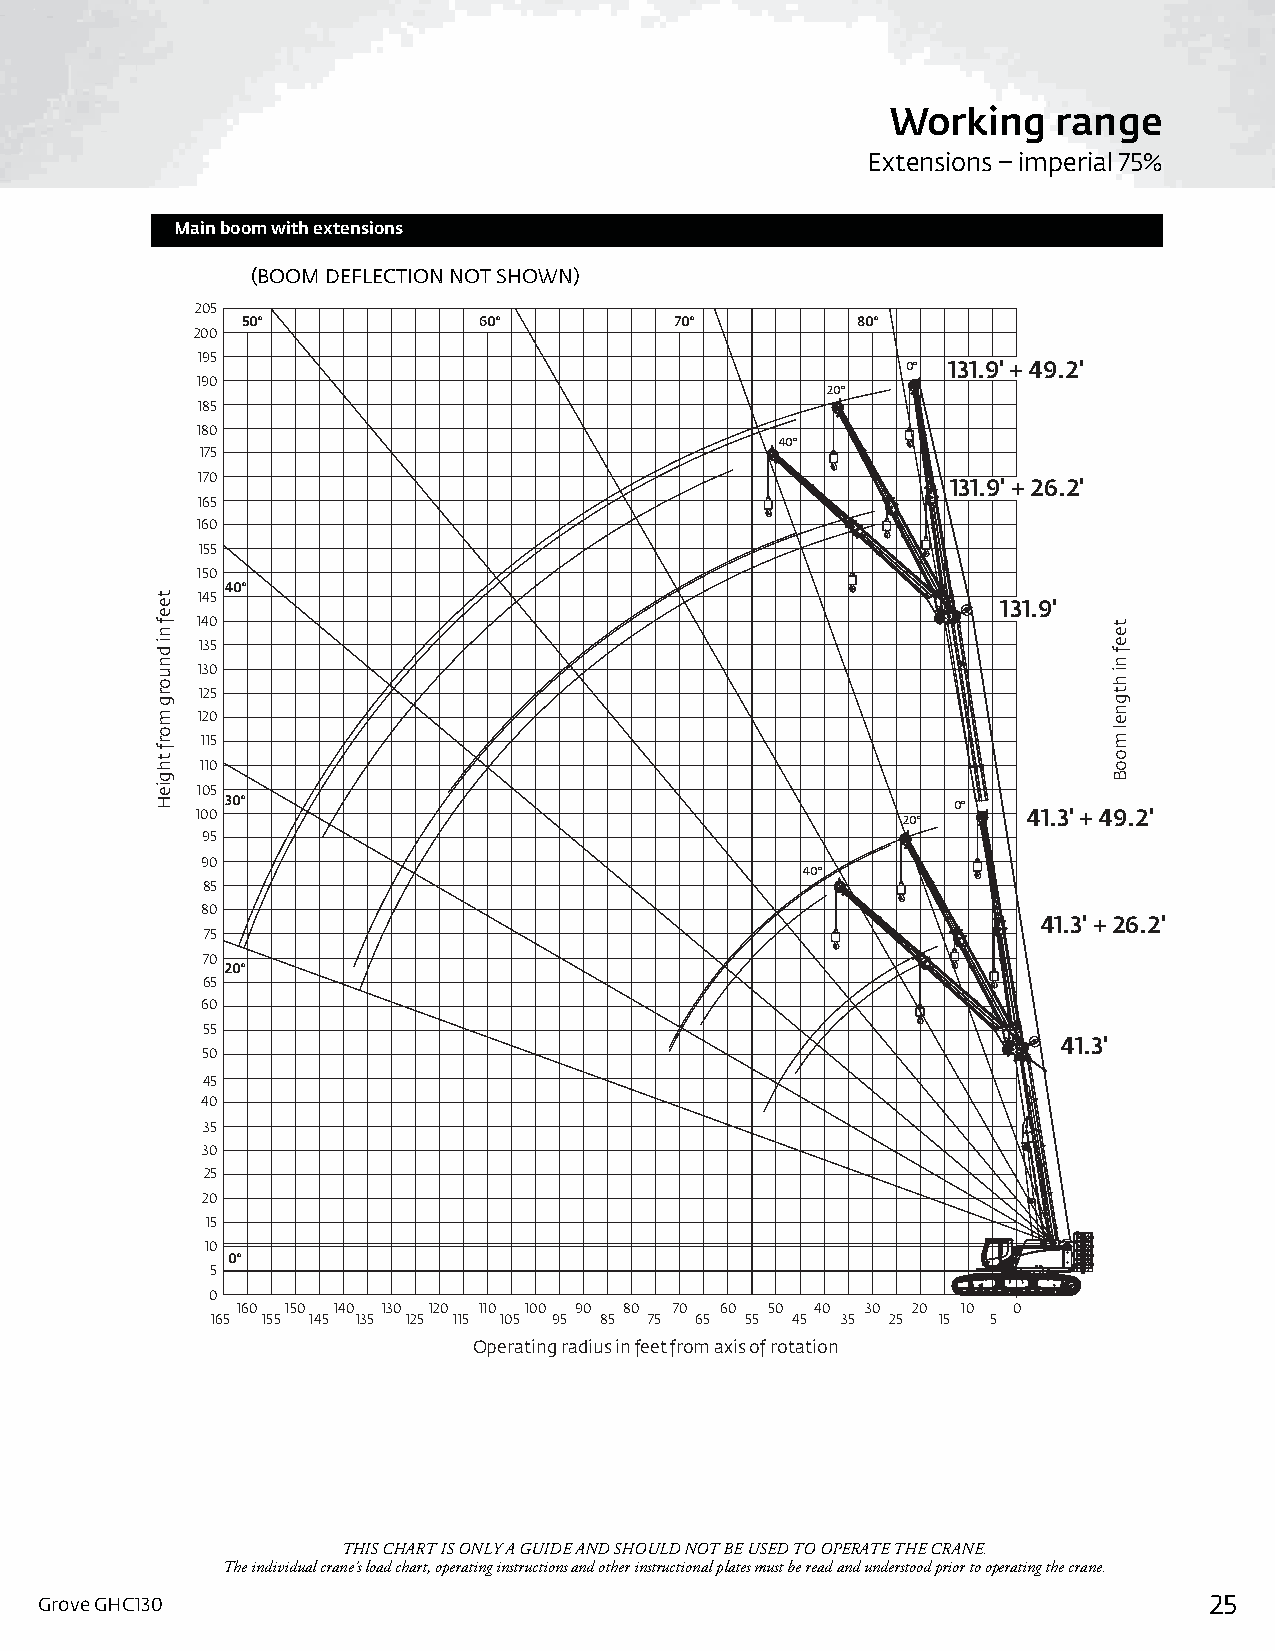
Working    range
 Extensions – imperial 75%
 Main boom with extensions
 (BOOM DEFLECTION NOT SHOWN)
 205
 50°             60°          70°         80°
 200
 195
 0° 131.9' + 49.2'
 190
 20°
 185
 180
 40°
 175
 170                                               131.9' + 26.2'
 165
 160
 155
 150
 40°
 145
 131.9'
 140
 135
 130
 125
 120
 115
 110
 105
 30°                                             0°
 100                                                    41.3' + 49.2'
 20°
 95
 90
 40°
 85
 80
 41.3' + 26.2'
 75
 70
 20°
 65
 60
 55
 41.3'
 50
 45
 40
 35
 30
 25
 20
 15
 10
 0°
 5
 0
 160 150 140 130 120 110 100 90 80 70 60 50 40 30 20 10 0
 165 155 145 135 125 115 105 95 85 75 65 55 45 35 25 15 5
 Operating radius in feet from axis of rotation
 THIS CHART IS ONLY A GUIDE AND SHOULD NOT BE USED TO OPERATE THE CRANE.
 The individual crane’s load chart, operating instructions and other instructional plates must be read and understood prior to operating the crane.
 Grove GHC130                                                                  25
 teef
 ni
 dnuorg
 morf
 thgieH
 teef
 ni
 htgnel
 mooB